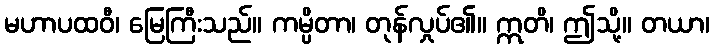
မဟာပထဝီ၊ မြေကြီးသည်။ ကမ္ပိတာ၊ တုန်လှုပ်၏။ ဣတိ၊ ဤသို့။ တယာ၊